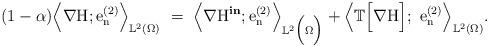
LaTeX: \begin{align*}(1-\alpha)\Big\langle \nabla \mathrm{H};\mathrm{e}^{(2)}_{\mathrm{n}}\Big\rangle_{\mathbb{L}^{2}(\Omega)} \ = \ \Big\langle \nabla \mathrm{H}^{\textbf{in}};\mathrm{e}^{(2)}_{\mathrm{n}}\Big\rangle_{\mathbb{L}^{2}\Big(\Omega \Big)} + \Big\langle \mathbb{T}\Big[ \nabla \mathrm{H}\Big];\ \mathrm{e}^{(2)}_\mathrm{n} \Big\rangle_{\mathbb{L}^{2}(\Omega)}.\end{align*}